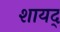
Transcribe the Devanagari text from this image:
शायद्